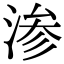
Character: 渗